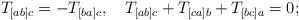
\begin{align*}T_{[ab]c}=-T_{[ba]c},\quad T_{[ab]c}+T_{[ca]b}+T_{[bc]a}=0;\end{align*}